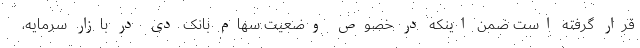
قرار گرفته است ضمن اینکه در خصوص وضعیت سهام بانک دی در بازار سرمایه،